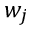
w _ { j }